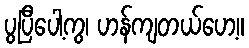
ပွပြီပေါ့ကွ၊ ဟန်ကျတယ်ဟေ့။